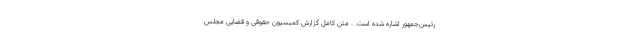
رئیس‌جمهور اشاره شده است. . متن کامل گزارش کمیسیون حقوقی و قضایی مجلس